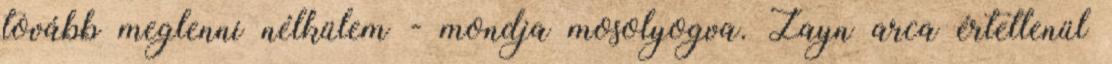
tovább meglenni nélkülem - mondja mosolyogva. Zayn arca értetlenül